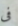
فى